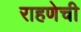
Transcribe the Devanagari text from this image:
राहणेची